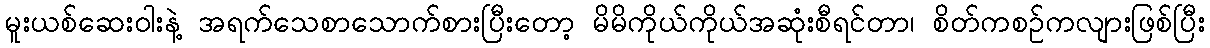
မူးယစ်ဆေးဝါးနဲ့ အရက်သေစာသောက်စားပြီးတော့ မိမိကိုယ်ကိုယ်အဆုံးစီရင်တာ၊ စိတ်ကစဉ်ကလျားဖြစ်ပြီး